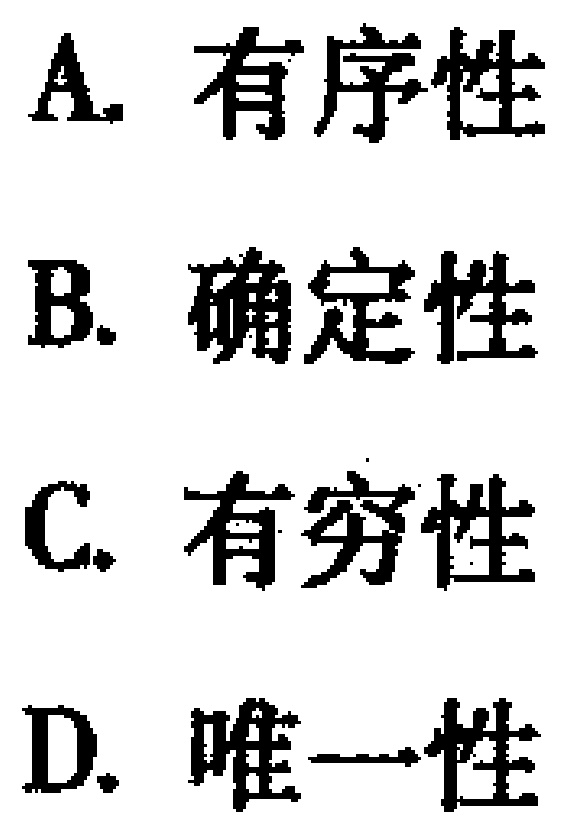
A. 有序性
B. 确定性
C. 有穷性
D. 唯一性